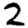
Digit: 2